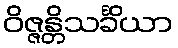
ဝိဇ္ဇန္တိသင်္ခိယာ